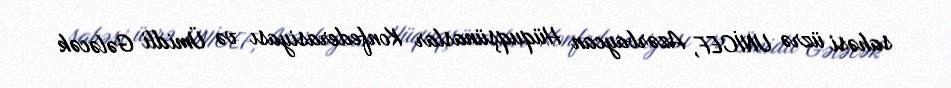
sahəsi üzrə UNİCEF, Azərbaycan Hüquqşünaslar Konfederasiyası və Ümidli Gələcək